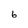
Character: 6